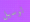
لوسيل